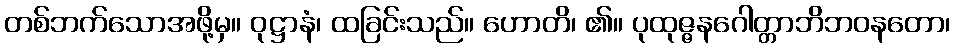
တစ်ဘက်သောအဖို့မှ။ ဝုဋ္ဌာနံ၊ ထခြင်းသည်။ ဟောတိ၊ ၏။ ပုထုဇ္ဇနဂေါတ္တာဘိဘဝနတော၊